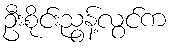
ဦးစိုင်းညွန့်လွင်က